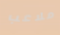
ملاعب